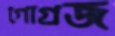
গোগ্রজ